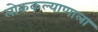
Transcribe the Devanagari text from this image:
लोककल्याणाला